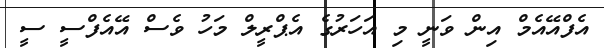
އެފްއޭއެމް އިން ވަނީ މި އަހަރުގެ އެޕްރީލް މަހު ވެސް އޭއެފްސީ ސީ